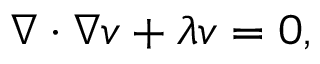
\nabla \cdot \nabla v + \lambda v = 0 ,